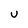
Character: U